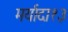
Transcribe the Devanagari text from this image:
मर्यादा१३